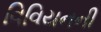
વિવિયનની